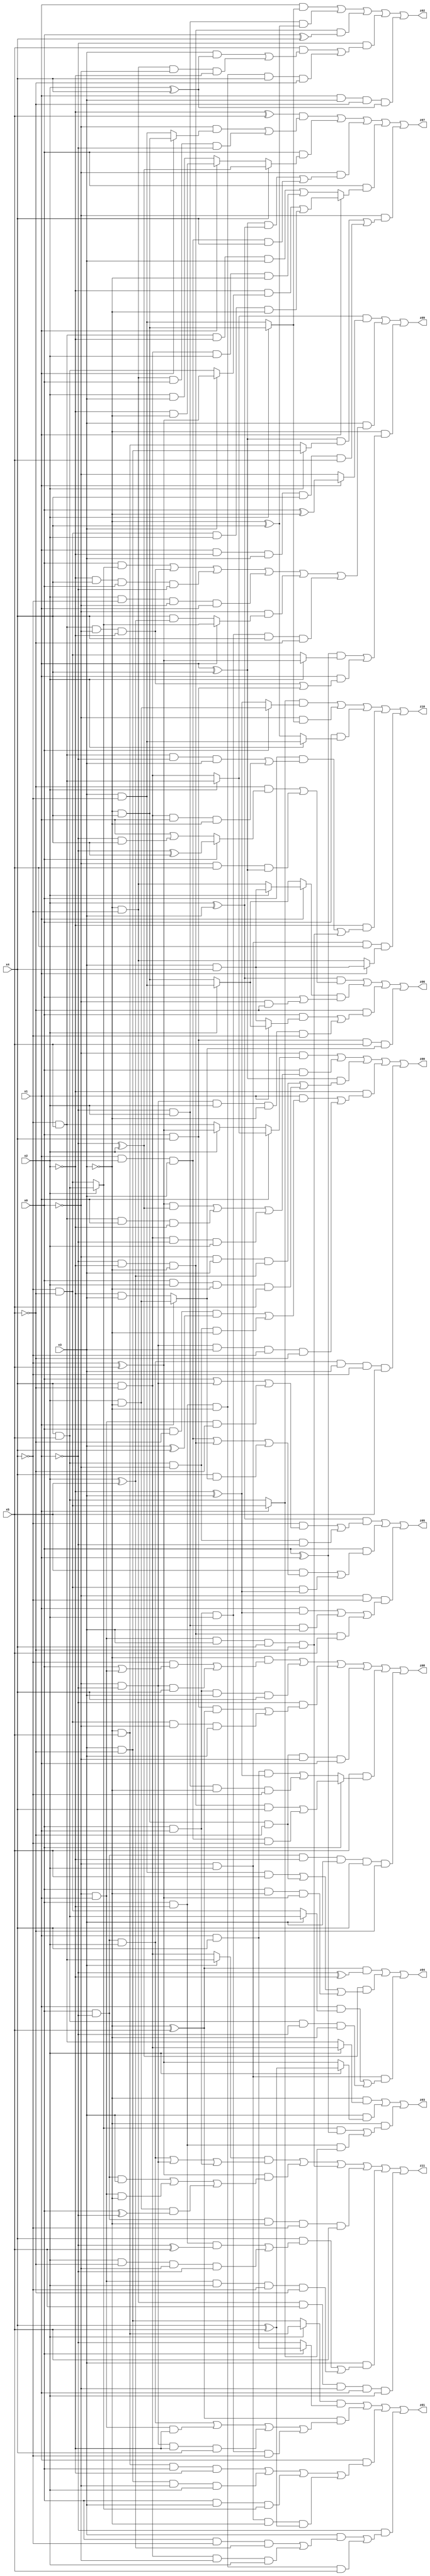
// Benchmark "X_4" written by ABC on Fri May 26 04:00:56 2023

module X_4 ( 
    x0, x1, x2, x3, x4, x5,
    z00, z01, z02, z03, z04, z05, z06, z07, z08, z09, z10, z11  );
  input  x0, x1, x2, x3, x4, x5;
  output z00, z01, z02, z03, z04, z05, z06, z07, z08, z09, z10, z11;
  assign z00 = (~x0 & (x1 ? (x2 ? (~x4 & x5) : (x4 & ~x5)) : (x2 ? (~x4 ^ x5) : (~x4 & x5)))) | (x0 & (((~x4 ^ x5) & (~x1 ^ x2)) | (~x4 & x5 & x1 & ~x2) | (x4 & ~x5 & ~x1 & x2))) | ((x1 ^ x4) & ((~x0 & x3 & (x2 ^ x5)) | (x0 & x2 & ~x3 & x5))) | (~x2 & ((x1 & ((x0 & ~x5 & (x3 ^ x4)) | (x4 & x5 & ~x0 & ~x3))) | (~x0 & ~x1 & x3 & ~x4 & ~x5))) | (x0 & ~x1 & x2 & x3 & ~x4 & x5);
  assign z01 = ((x2 ? (~x3 & x5) : (x3 & ~x5)) & (x0 ? (x1 & x4) : ~x1)) | ((~x3 ^ x5) & ((x0 & ~x1 & x2) | (~x0 & x1 & ~x2) | (~x0 & ~x1 & ~x2 & x4) | (x0 & x1 & x2 & ~x4))) | (x1 & ((~x3 & x5 & x0 & ~x2) | (x3 & ~x5 & ~x0 & x2) | (x0 & x3 & (x2 ? (x4 & x5) : (~x4 & ~x5))) | (~x0 & x2 & ~x3 & (x4 ^ x5)))) | (~x1 & ((x3 & ((x0 & ~x4 & (x2 ^ x5)) | (x4 & ~x5 & ~x0 & x2))) | (x0 & ~x2 & ~x3 & x5)));
  assign z02 = (x1 & (x2 ? (~x3 & x4) : (x3 & ~x4))) | (~x1 & x2 & (~x3 ^ x4)) | (~x1 & ~x2 & ~x3 & (x0 ^ x4)) | (~x1 & ((x5 & ((x3 & (x2 ^ x4)) | (~x3 & ~x4 & ~x0 & ~x2))) | (x0 & ~x2 & ~x3 & x4 & ~x5))) | (x1 & x3 & ~x5 & (x2 ^ x4));
  assign z03 = (~x3 & (x2 ? (x4 & ~x5) : (~x4 & x5))) | (x3 & (x2 ? (x4 ^ x5) : (~x4 ^ x5))) | (~x3 & (((x2 ? (x4 & x5) : (~x4 & ~x5)) & (x0 ^ x1)) | (x0 & ~x2 & (x1 ? (~x4 & ~x5) : (x4 & x5)))));
  assign z04 = ((~x3 ^ x5) & (~x1 ^ ~x2)) | ((~x1 ^ x2) & ((x3 & ~x4 & x5) | (~x3 & x4 & ~x5) | (x0 & ~x3 & (~x4 ^ x5)))) | (~x0 & x2 & ((x1 & (x3 ? (x4 & x5) : (~x4 & ~x5))) | (x4 & x5 & ~x1 & ~x3)));
  assign z05 = ((x2 ^ x3) & ((~x4 & (x0 | (~x0 & ~x1) | (~x0 & x1 & ~x5))) | (x4 & x5 & ~x0 & ~x1))) | (x0 & ((x5 & ((x1 & x2 & x3) | (~x1 & ~x2 & ~x3) | (x4 & (x1 ? (x2 & ~x3) : (~x2 & x3))))) | (~x4 & ~x5 & (~x2 ^ x3)))) | (~x0 & ~x4 & ((x1 & (~x2 ^ x3)) | (~x1 & x2 & x3) | (~x1 & ~x2 & ~x3 & x5)));
  assign z06 = ((x2 ^ x3) & ((~x5 & (x0 ? (~x1 ^ x4) : (x1 | (~x1 & x4)))) | (~x0 & x5 & (x1 ^ x4)))) | ((x1 ? (x2 ? (x3 & x4) : (~x3 & ~x4)) : (x2 ? (x3 & ~x4) : (~x3 & x4))) & (x0 | (~x0 & ~x5))) | (~x5 & ((x0 & (x1 ? (x2 ? (x3 & ~x4) : (~x3 & x4)) : (x3 & x4))) | (~x0 & ~x1 & x2 & ~x3 & ~x4))) | (x0 & x4 & x5 & (x1 ? (x2 & ~x3) : (~x2 & x3)));
  assign z07 = ((~x2 ^ x5) & ((~x0 & (x1 ? (~x3 & x4) : (x3 & ~x4))) | (~x3 & ~x4 & x0 & ~x1))) | (x0 & (x4 ? (~x1 ^ x2) : (x1 ? (~x2 & ~x3) : (x2 & x3)))) | (~x0 & (((x1 ^ x4) & (x2 ^ x3)) | (x1 & x2 & x3 & x4))) | (x0 & (x1 ? ((~x2 & (x3 ? (~x4 ^ x5) : (x4 & x5))) | (~x4 & ~x5 & x2 & ~x3)) : ((~x4 & x5 & ~x2 & x3) | (x4 & ~x5 & x2 & ~x3)))) | (~x0 & (((x1 ^ x4) & (x2 ? (x3 & ~x5) : (~x3 & x5))) | (x1 & ~x2 & x3 & x4 & x5)));
  assign z08 = (~x3 & ((~x4 & (x0 | (~x0 & x1))) | (~x0 & ~x1 & x4))) | (x0 & x1 & x3 & x4) | (~x1 & ((x0 & x4 & (~x3 ^ x5)) | (~x4 & ~x5 & ~x0 & x3))) | (~x3 & x4 & ~x5 & ~x0 & x1) | (x5 & (x0 ? ((~x1 & ~x2 & ~x3 & x4) | (x1 & x2 & x3 & ~x4)) : ((x1 & x4 & (~x2 ^ x3)) | (~x1 & x2 & ~x3 & ~x4)))) | (x0 & ~x1 & ~x2 & x3 & x4 & ~x5);
  assign z09 = ((x2 ? (~x4 & x5) : (x4 & ~x5)) & (x1 ? (x0 ^ ~x3) : ~x0)) | (x3 & ((x0 & (x2 ? (x4 & x5) : (~x4 & ~x5))) | (~x4 & x5 & ~x0 & ~x2) | (~x2 & x4 & x0 & ~x1) | (x2 & ~x4 & ~x0 & x1) | (~x0 & (x1 ? (x2 ? (x4 & x5) : (~x4 & ~x5)) : (x4 & (x2 ^ x5)))) | (x0 & x1 & x2 & x4 & ~x5))) | (~x3 & (((x0 ^ x1) & (x2 ? (~x4 ^ x5) : (~x4 & ~x5))) | (x1 & ((~x4 & x5 & ~x0 & ~x2) | (x0 & x4)))));
  assign z10 = ((x1 ? (~x4 & ~x5) : (x4 & x5)) & (x0 ? (x2 & ~x3) : (~x2 ^ x3))) | (~x0 & (x2 ? (~x3 & x4) : (x3 & ~x4))) | (x0 & (x2 ? (x3 & ~x4) : (~x3 ^ x4))) | (~x2 & ((x0 & ((~x4 & x5 & ~x1 & x3) | (x4 & ~x5 & x1 & ~x3))) | (~x0 & x1 & x3 & x4 & ~x5))) | (~x0 & x2 & x5 & (x1 ? (x3 & x4) : (~x3 & ~x4)));
  assign z11 = ((x3 ? (~x4 & x5) : (x4 & ~x5)) & ((x0 & ~x1 & x2) | (~x0 & ~x1) | (x0 & x1))) | ((~x4 ^ x5) & ((x0 & ~x1 & x3) | (~x0 & x1 & ~x3) | (x2 & ~x3 & (x0 ^ ~x1)))) | (~x0 & x1 & x3 & x4 & ~x5) | (x0 & ~x1 & ~x3 & ~x4 & x5) | (x3 & ((x4 & ((x0 & ~x2 & (~x1 ^ x5)) | (x2 & ~x5 & ~x0 & ~x1))) | (~x0 & x1 & x2 & ~x4 & ~x5))) | (~x3 & ~x4 & x5 & ~x0 & x1 & x2);
endmodule